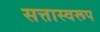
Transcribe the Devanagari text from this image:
सत्तास्वरूप